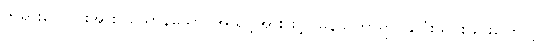
ဘုရားလောင်းအား။ ယောနိသော၊ အသင့်အားဖြင့်။ မနသိကာရာ၊ နှလုံးသွင်းခြင်းကြောင့်။